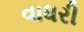
વાધરી